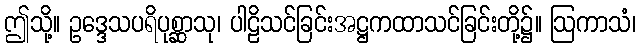
ဤသို့။ ဥဒ္ဒေသပရိပုစ္ဆာသု၊ ပါဠိသင်ခြင်းအဋ္ဌကထာသင်ခြင်းတို့၌။ ဩကာသံ၊